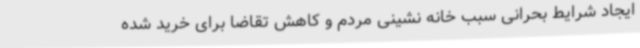
ایجاد شرایط بحرانی سبب خانه نشینی مردم و کاهش تقاضا برای خرید شده